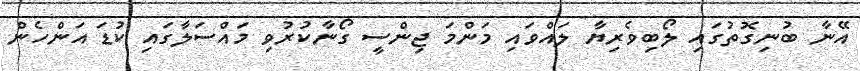
އޭނާ ބުނިގޮތުގައި ލޯބިވެރިޔާ ލައްވައި މަންމަ ޖިންސީ ގޯނާކުރުވި މައްސަލާގައި ކުޑަ އަންހެން